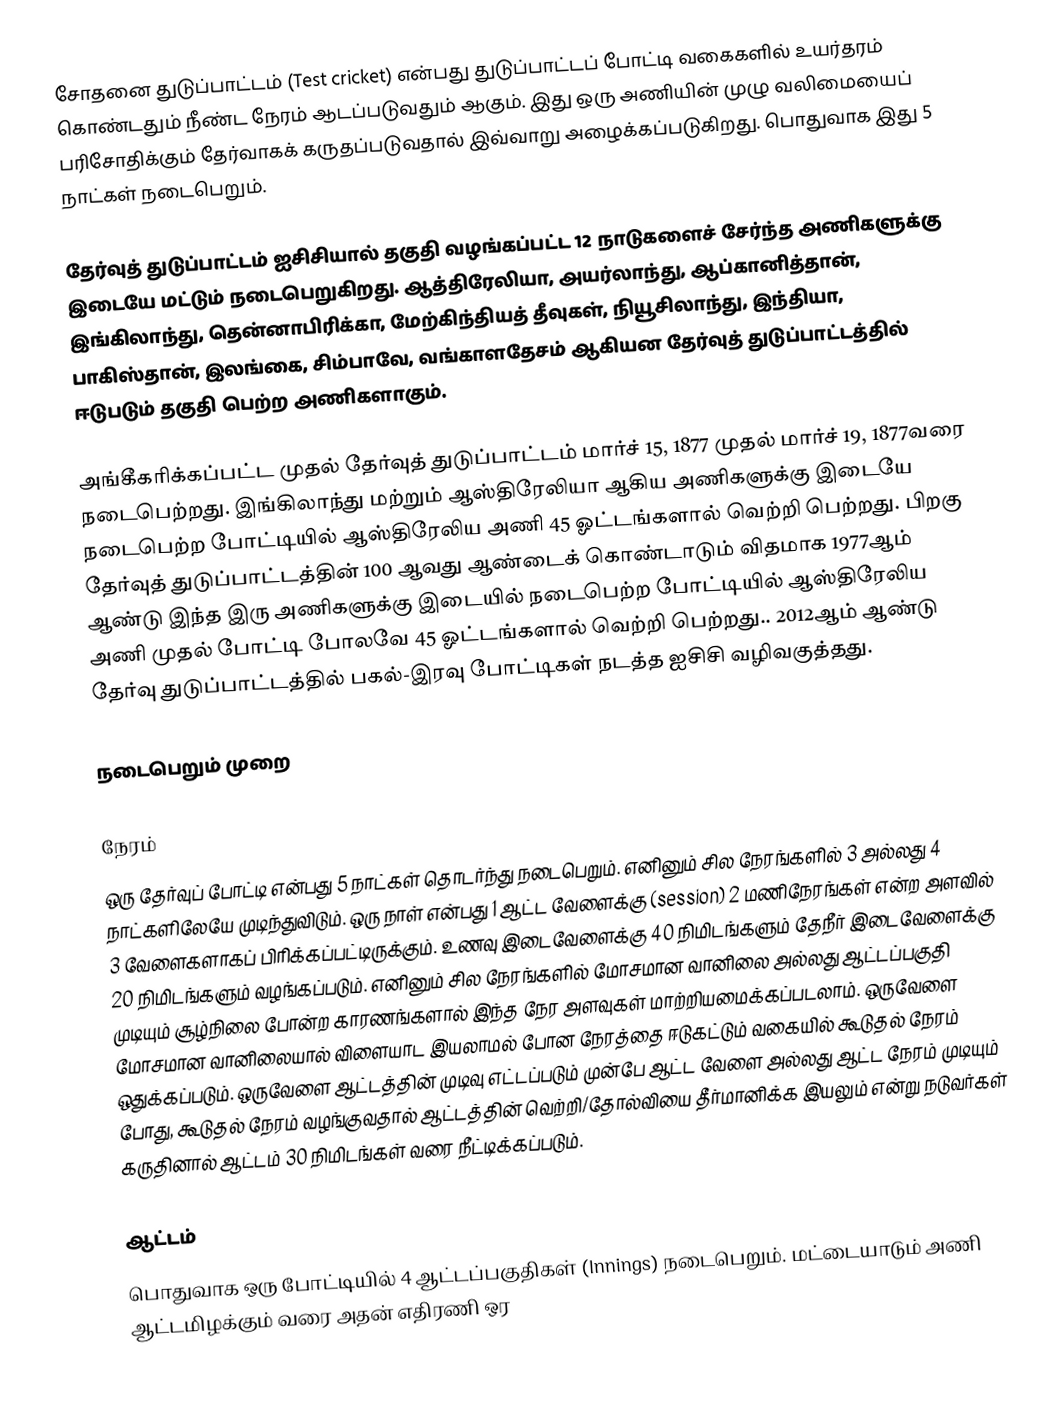
சோதனை துடுப்பாட்டம் (Test cricket) என்பது துடுப்பாட்டப் போட்டி வகைகளில் உயர்தரம் கொண்டதும் நீண்ட நேரம் ஆடப்படுவதும் ஆகும். இது ஒரு அணியின் முழு வலிமையைப் பரிசோதிக்கும் தேர்வாகக் கருதப்படுவதால் இவ்வாறு அழைக்கப்படுகிறது. பொதுவாக இது 5 நாட்கள் நடைபெறும்.

தேர்வுத் துடுப்பாட்டம் ஐசிசியால் தகுதி வழங்கப்பட்ட 12 நாடுகளைச் சேர்ந்த அணிகளுக்கு இடையே மட்டும் நடைபெறுகிறது. ஆத்திரேலியா, அயர்லாந்து, ஆப்கானித்தான், இங்கிலாந்து, தென்னாபிரிக்கா, மேற்கிந்தியத் தீவுகள், நியூசிலாந்து, இந்தியா, பாகிஸ்தான், இலங்கை, சிம்பாவே, வங்காளதேசம் ஆகியன தேர்வுத் துடுப்பாட்டத்தில் ஈடுபடும் தகுதி பெற்ற அணிகளாகும்.

அங்கீகரிக்கப்பட்ட முதல் தேர்வுத் துடுப்பாட்டம் மார்ச் 15, 1877 முதல் மார்ச் 19, 1877வரை நடைபெற்றது. இங்கிலாந்து மற்றும் ஆஸ்திரேலியா ஆகிய அணிகளுக்கு இடையே நடைபெற்ற போட்டியில் ஆஸ்திரேலிய அணி 45 ஓட்டங்களால் வெற்றி பெற்றது. பிறகு தேர்வுத் துடுப்பாட்டத்தின் 100 ஆவது ஆண்டைக் கொண்டாடும் விதமாக 1977ஆம் ஆண்டு இந்த இரு அணிகளுக்கு இடையில் நடைபெற்ற போட்டியில் ஆஸ்திரேலிய அணி முதல் போட்டி போலவே 45 ஓட்டங்களால் வெற்றி பெற்றது.. 2012ஆம் ஆண்டு தேர்வு துடுப்பாட்டத்தில் பகல்-இரவு போட்டிகள் நடத்த ஐசிசி வழிவகுத்தது.

நடைபெறும் முறை

நேரம்
ஒரு தேர்வுப் போட்டி என்பது 5 நாட்கள் தொடர்ந்து நடைபெறும். எனினும் சில நேரங்களில் 3 அல்லது 4 நாட்களிலேயே முடிந்துவிடும். ஒரு நாள் என்பது 1 ஆட்ட வேளைக்கு (session) 2 மணிநேரங்கள் என்ற அளவில் 3 வேளைகளாகப் பிரிக்கப்பட்டிருக்கும். உணவு இடைவேளைக்கு 40 நிமிடங்களும் தேநீர் இடைவேளைக்கு 20 நிமிடங்களும் வழங்கப்படும். எனினும் சில நேரங்களில் மோசமான வானிலை அல்லது ஆட்டப்பகுதி முடியும் சூழ்நிலை போன்ற காரணங்களால் இந்த நேர அளவுகள் மாற்றியமைக்கப்படலாம். ஒருவேளை மோசமான வானிலையால் விளையாட இயலாமல் போன நேரத்தை ஈடுகட்டும் வகையில் கூடுதல் நேரம் ஒதுக்கப்படும். ஒருவேளை ஆட்டத்தின் முடிவு எட்டப்படும் முன்பே ஆட்ட வேளை அல்லது ஆட்ட நேரம் முடியும் போது, கூடுதல் நேரம் வழங்குவதால் ஆட்டத்தின் வெற்றி/தோல்வியை தீர்மானிக்க இயலும் என்று நடுவர்கள் கருதினால் ஆட்டம் 30 நிமிடங்கள் வரை நீட்டிக்கப்படும்.

ஆட்டம்
பொதுவாக ஒரு போட்டியில் 4 ஆட்டப்பகுதிகள் (Innings)  நடைபெறும். மட்டையாடும் அணி ஆட்டமிழக்கும் வரை அதன் எதிரணி ஒர